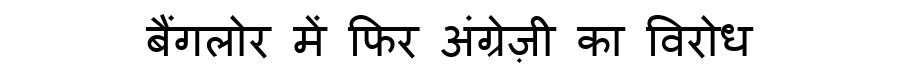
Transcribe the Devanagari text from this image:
बैंगलोर में फिर अंग्रेज़ी का विरोध